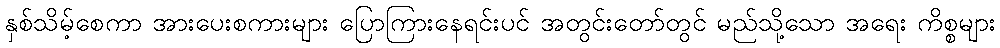
နှစ်သိမ့်စေကာ အားပေးစကားများ ပြောကြားနေရင်းပင် အတွင်းတော်တွင် မည်သို့သော အရေး ကိစ္စများ